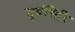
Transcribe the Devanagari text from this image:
सुबंसिरि